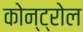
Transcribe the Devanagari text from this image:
कोन्ट्रोल